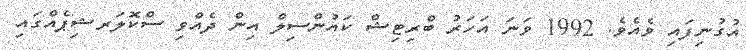
އުގުނިފައި ވެއެވެ. 1992 ވަނަ އަހަރު ބްރިޓިޝް ކައުންސިލް އިން ދެއްވި ސްކޮލަރޝިޕެއްގައި